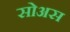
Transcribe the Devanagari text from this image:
सोअस